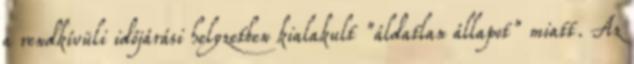
a rendkívüli időjárási helyzetben kialakult "áldatlan állapot" miatt. Az